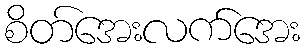
စိတ်အေးလက်အေး